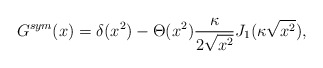
\begin{align*}G^{sym}(x)=\delta (x^2)-\Theta (x^2)\frac {\kappa}{2\sqrt{x^2}}J_1(\kappa \sqrt{x^2}) ,\end{align*}